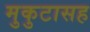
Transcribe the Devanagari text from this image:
मुकुटासह